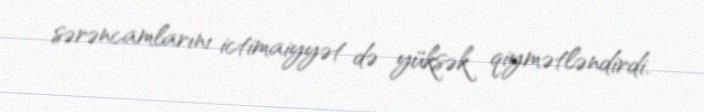
sərəncamlarını ictimaiyyət də yüksək qiymətləndirdi.